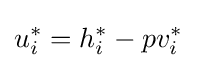
u_{i}^{*}=h_{i}^{*}-pv_{i}^{*}